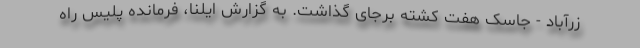
زرآباد - جاسک هفت کشته برجای گذاشت. به گزارش ایلنا، فرمانده پلیس راه